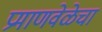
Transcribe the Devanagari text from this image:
प्रमाणवेळेचा